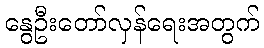
နွေဦးတော်လှန်ရေးအတွက်